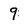
Character: 9